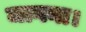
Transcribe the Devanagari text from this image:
जागना।